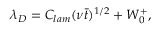
\lambda _ { D } = C _ { l a m } ( \nu \bar { t } ) ^ { 1 / 2 } + W _ { 0 } ^ { + } ,